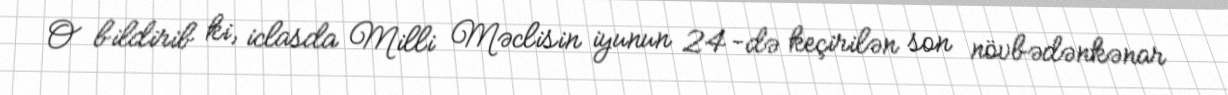
O bildirib ki, iclasda Milli Məclisin iyunun 24-də keçirilən son növbədənkənar